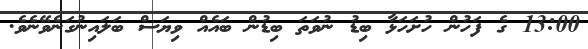
13:00 ގެ ފަހުން ހުށަހަޅާ ބިޑު ނުވަތަ ބިޑުން ބައެއް ވިޔަސް ބަލައިނުގަނެވޭނެވެ.